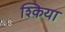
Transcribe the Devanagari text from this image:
श्किया